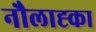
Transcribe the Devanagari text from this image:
नौलाह्का